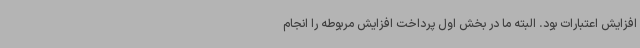
افزایش اعتبارات بود. البته ما در بخش اول پرداخت افزایش مربوطه را انجام